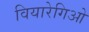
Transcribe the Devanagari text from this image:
वियारेगिओ